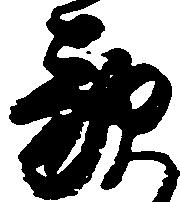
敵